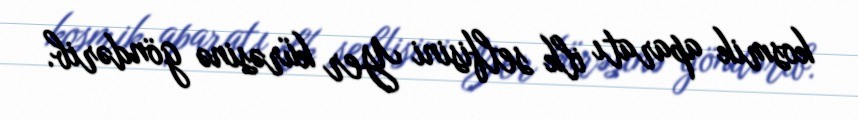
kosmik aparatı ilk selfisini Yer kürəsinə göndərib.